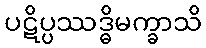
ပဋိပ္ပဿဒ္ဓိမက္ခာသိ